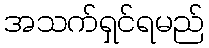
အသက်ရှင်ရမည်